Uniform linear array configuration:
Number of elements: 16
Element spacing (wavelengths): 0.75
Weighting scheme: exponential
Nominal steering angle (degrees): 45
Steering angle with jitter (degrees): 43.713
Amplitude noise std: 0.05
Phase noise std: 0.05

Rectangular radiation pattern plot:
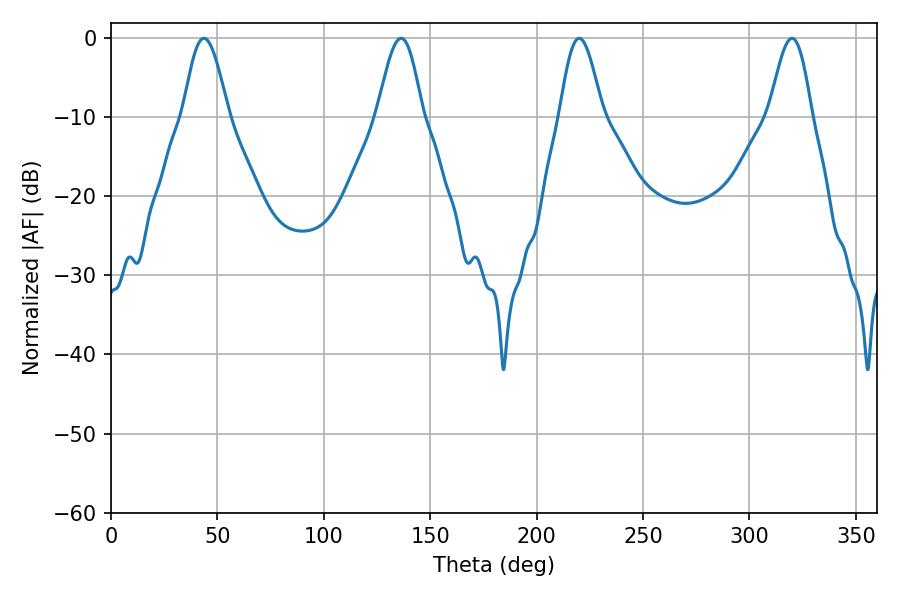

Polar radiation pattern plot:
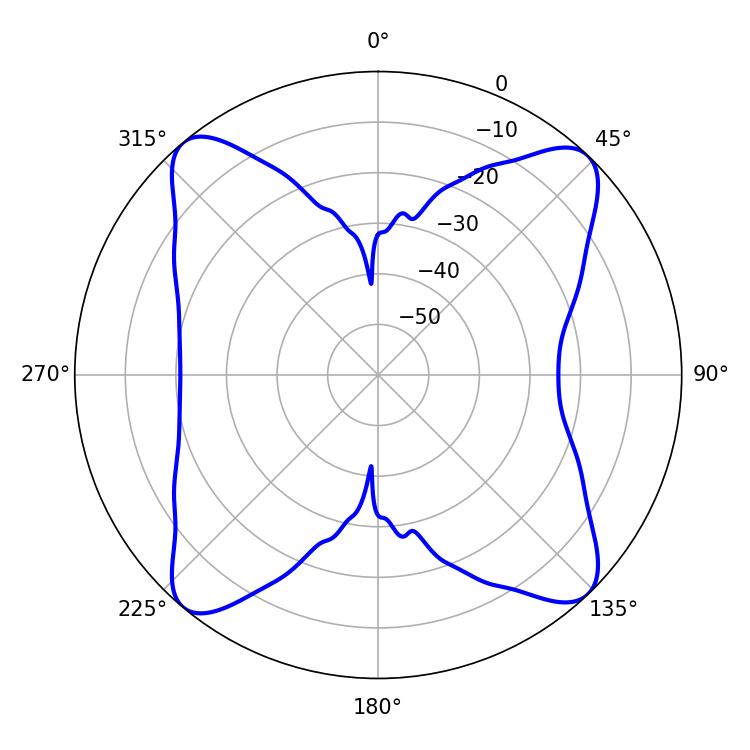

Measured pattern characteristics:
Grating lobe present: TRUE
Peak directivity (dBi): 18.633
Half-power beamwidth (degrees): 10.62
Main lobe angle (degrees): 219.96